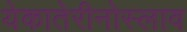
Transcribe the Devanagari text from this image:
येकातेरीनोस्लाव